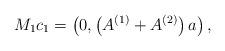
LaTeX: \begin{align*}M_1 c_1 = \left( 0, \left( A^{(1)}+A^{(2)} \right)a \right),\end{align*}